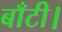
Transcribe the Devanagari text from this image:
बाँटी।